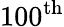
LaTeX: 100^{\mathrm{th}}